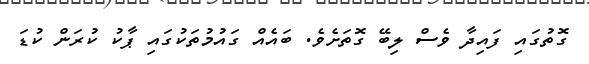
ގޮތުގައި ފައިދާ ވެސް ލިބޭ ގޮތަށެވެ. ބައެއް ގައުމުތަކުގައި ޕާކު ކުރަން ކުޑަ